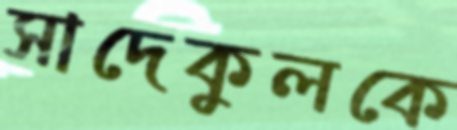
সাদেকুলকে